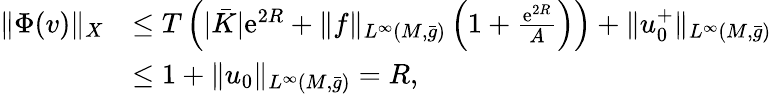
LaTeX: \begin{array}{rl}{\| \Phi(v)\| _{X}}&{\le T\left(|\bar{K}|\mathrm{e}^{2R}+\| f\| _{L^{\infty}(M,\bar{g})}\left(1+\frac{\mathrm{e}^{2R}}{A}\right)\right)+\| u_{0}^{+}\| _{L^{\infty}(M,\bar{g})}}\\ &{\le 1+\| u_{0}\| _{L^{\infty}(M,\bar{g})}=R,}\end{array}